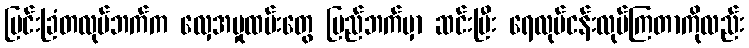
မြင်းခြံတလုပ်ဘက်က လှေအမှုထမ်းတွေ ပြည်ဘက်မှာ ဆင်းပြီး ရေလုပ်ငန်းလုပ်ကြတာကိုလည်း